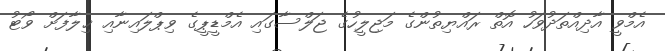
އެމްވީ އާދިއްތަދުވަހު އޮތް ރައްޔިތުންގެ މަޖިލީހުގެ ޖަލްސާގައި އެމްޑީޕީގެ ވިޕްލައިނާއި ޚިލާފަށް ވޯޓު